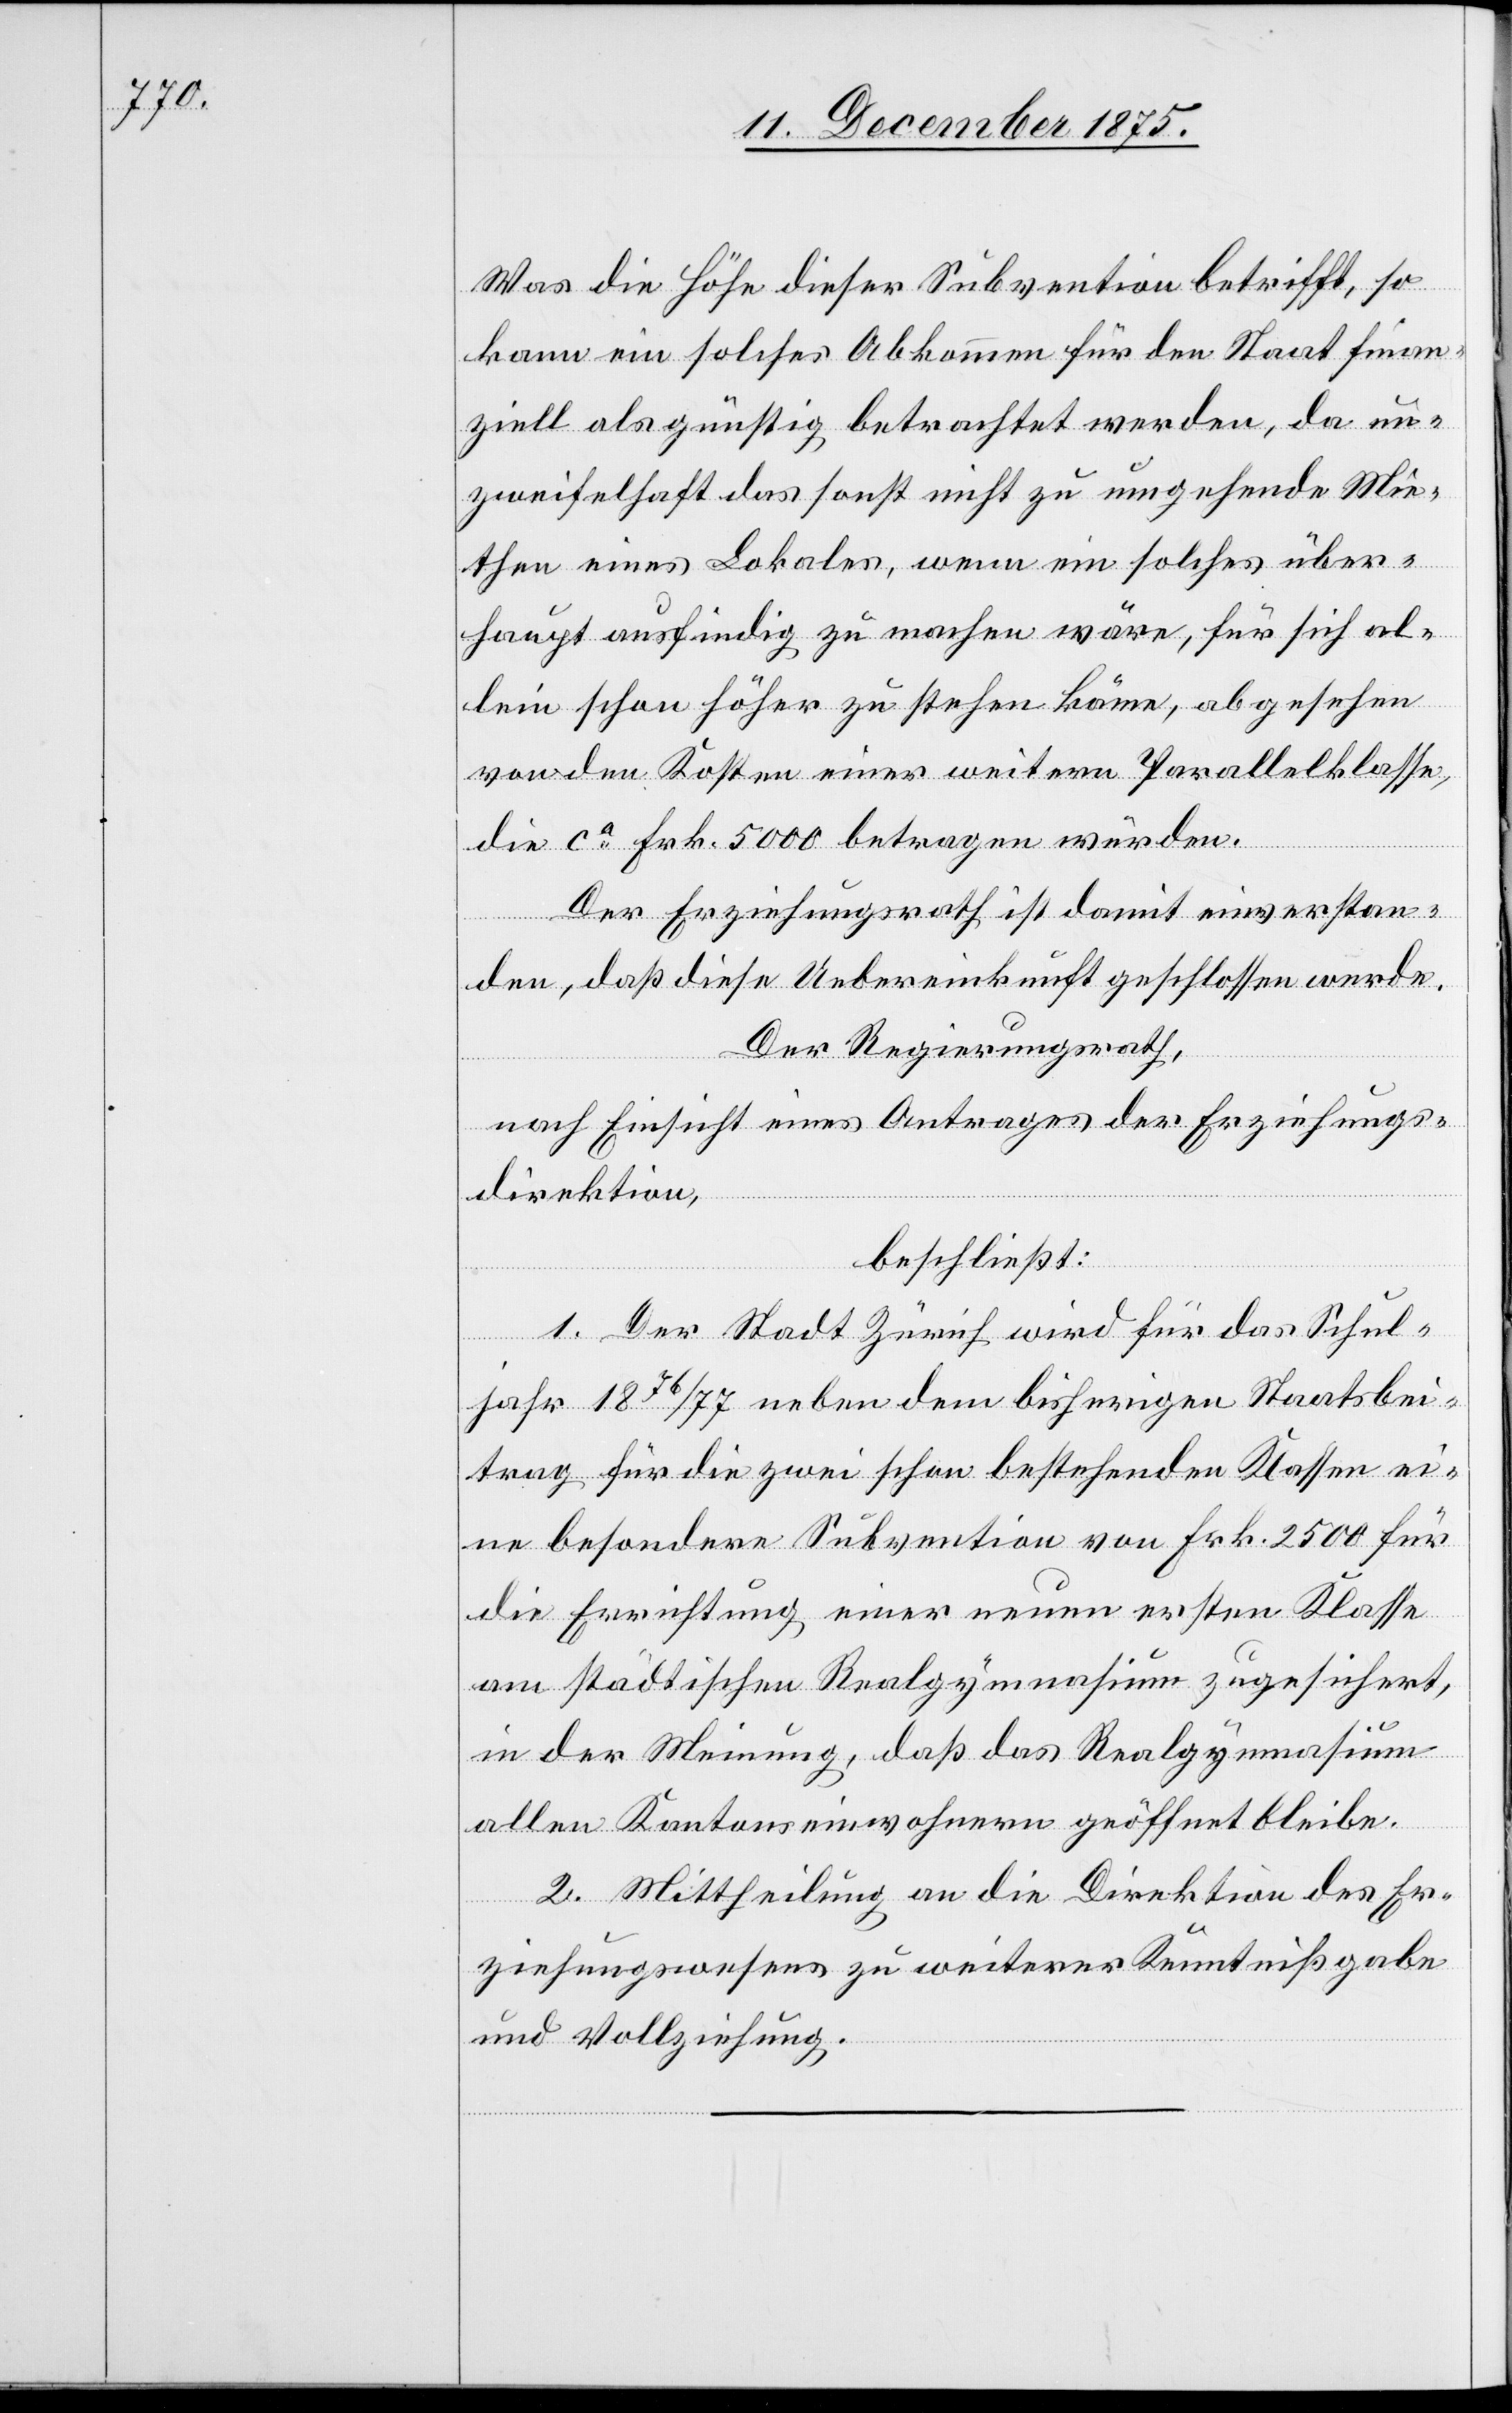
Was die Höhe dieser Subvention betrifft, so
kann ein solches Abkommen für den Staat finan¬
ziell als günstig betrachtet werden, da un¬
zweifelhaft das sonst nicht zu umgehende Mie¬
then eines Lokales, wenn ein solches über¬
haupt ausfindig zu machen wäre, für sich al¬
lein schon höher zu stehen käme, abgesehen
von den Kosten einer weitern Parallelklasse,
ern
die ca Frk. 5000 betragen würden.
Der Erziehungsrath ist damit einverstan¬
den, daß diese Uebereinkunft geschlossen werde.
Der Regierungsrath,
nach Einsicht eines Antrages der Erziehungs¬
direktion,
beschließt:
1. Der Stadt Zürich wird für das Schul¬
jahr 1876/77 neben dem bisherigen Staatsbei¬
trag für die zwei schon bestehenden Klassen ei¬
ne besondere Subvention von Frk. 2500 für
die Errichtung einer neuen ersten Klasse
am städtischen Realgymnasium allen Kant¬
2. Mittheilung an die Direktion des Er¬
ziehungswesens zu weiterer Kenntnißgabe
und Vollziehung.